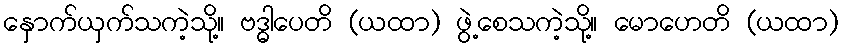
နှောက်ယှက်သကဲ့သို့။ ဗဒ္ဓါပေတိ (ယထာ) ဖွဲ့စေသကဲ့သို့။ မောဟေတိ (ယထာ)